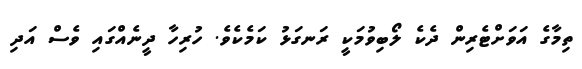
ތިމާގެ އަވަށްޓެރިން ދެކެ ލޯބިވުމަކީ ރަނގަޅު ކަމެކެވެ. ހުރިހާ ދީނެއްގައި ވެސް އަދި